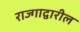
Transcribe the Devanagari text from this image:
राज्गाद्वारील